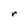
Character: r